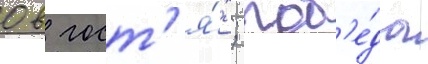
0 в гост'я́х; поб'е́да